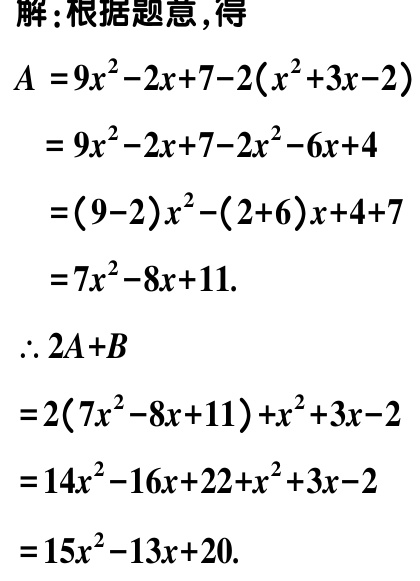
解:根据题意,得
\[
\begin{align*}
A&=9x^{2}-2x + 7-2(x^{2}+3x - 2)\\
&=9x^{2}-2x + 7-2x^{2}-6x + 4\\
&=(9 - 2)x^{2}-(2 + 6)x+4 + 7\\
&=7x^{2}-8x + 11.
\end{align*}
\]
\(\therefore 2A + B\)
\[
\begin{align*}
&=2(7x^{2}-8x + 11)+x^{2}+3x - 2\\
&=14x^{2}-16x + 22+x^{2}+3x - 2\\
&=15x^{2}-13x + 20.
\end{align*}
\]